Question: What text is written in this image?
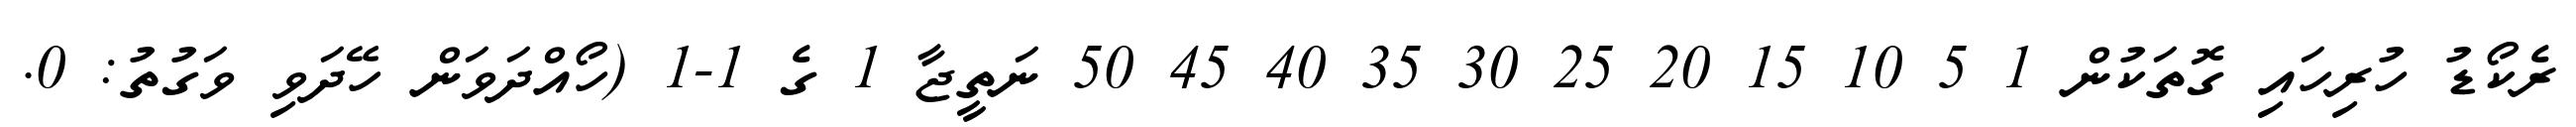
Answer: ރެކޯޑު ހުރިހައި ގޮތަކުން 1 5 10 15 20 25 30 35 40 45 50 ނަތީޖާ 1 ގެ 1-1 (ހޯއްދަވަން ހޭދަވި ވަގުތު: 0.